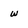
Character: w